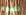
لليوم